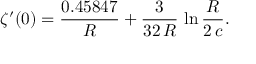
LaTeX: \zeta ^ { \prime } ( 0 ) = \frac { 0 . 4 5 8 4 7 } { R } + \frac { 3 } { 3 2 \, R } \, \ln \frac { R } { 2 \, c } .